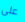
على